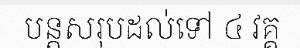
បន្តសរុបដល់ទៅ ៤ វគ្គ